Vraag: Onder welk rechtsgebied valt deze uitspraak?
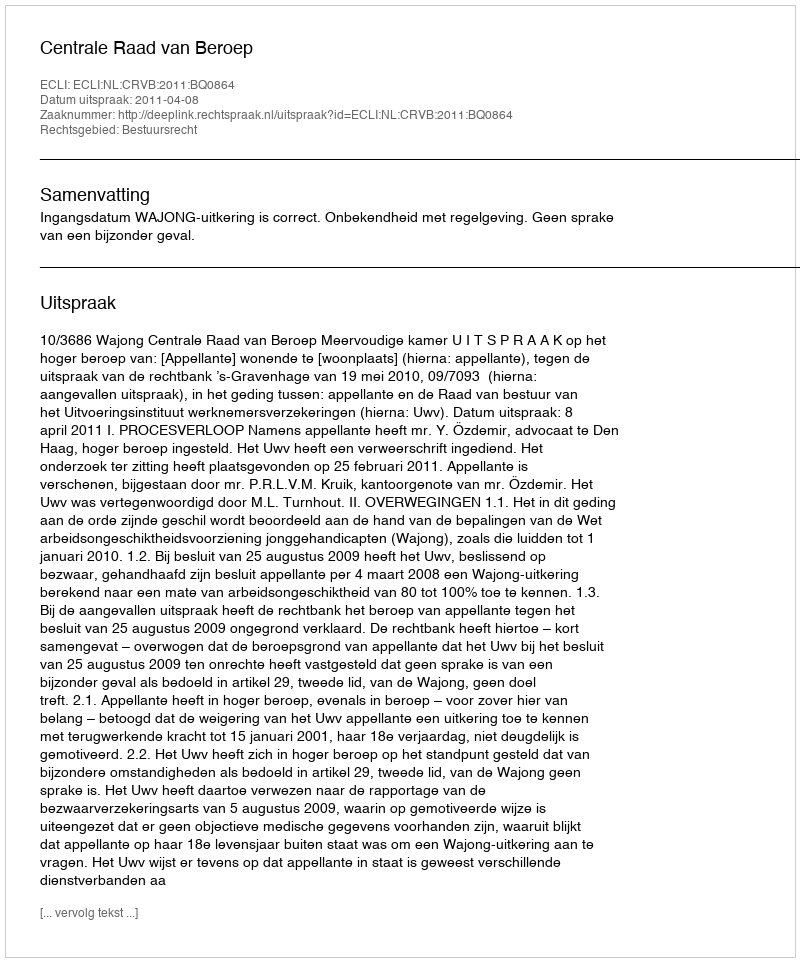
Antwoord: Bestuursrecht